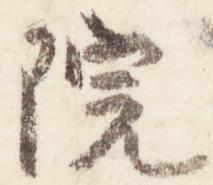
院